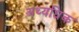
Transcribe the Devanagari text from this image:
अथ्यधिक